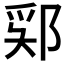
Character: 𫑞